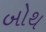
બોથ